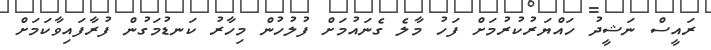
ރައީސް ނަޝީދު ހައްޔަރުކުރުމަށް ފަހު މާލެ ގެނައުމަށް ފުލުހުން މިހާރު ކަނޑުމަގުން ފުރާފައިވާކަމަށް